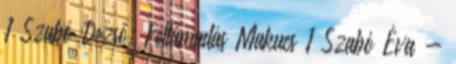
1 Szabó Dezső: Feltámadás Makucs 1 Szabó Éva -